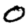
Digit: 0